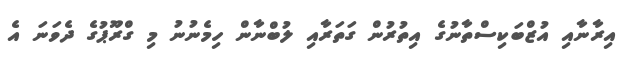
އިރާނާއި އުޒްބަކިސްތާނުގެ އިތުރުން ގަތަރާއި ލުބްނާން ހިމެނުނު މި ގްރޫޕުގެ ދެވަނަ އެ